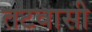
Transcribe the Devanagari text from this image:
तटवासी